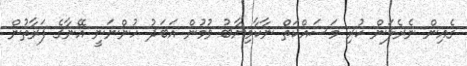
ގެއިން ނެރެލަން ކުރި މަސައްކަތް ނާކާމިޔާބު ވުމުން އަބަދު ހުންނަނީ އޭނާގެ ފަރާތުން